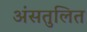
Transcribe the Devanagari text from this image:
अंसतुलित